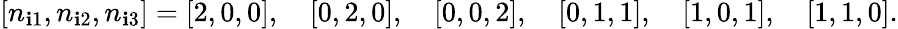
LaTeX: [n_{\mathbf{i}1},n_{\mathbf{i}2},n_{\mathbf{i}3}]=[2,0,0],\quad[0,2,0],\quad[0,0,2],\quad[0,1,1],\quad[1,0,1],\quad[1,1,0].